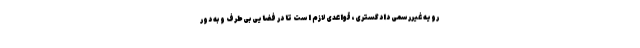
رویه غیررسمی دادگستری، قواعدی لازم است تا در فضایی بی‌طرف و به دور